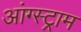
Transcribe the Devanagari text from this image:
आंग्स्ट्राम